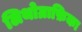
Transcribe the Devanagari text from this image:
लिथोग्राफ़िका